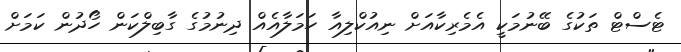
ޓެސްޓް ތަކުގެ ބޭނުމަކީ އެމެރިކާއަށް ނިއުކްލިއާ ހަމަލާއެއް ދިނުމުގެ ގާބިލްކަން ހޯދުން ކަމަށް